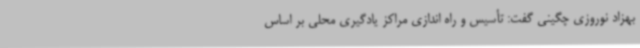
بهزاد نوروزی چگینی گفت: تأسیس و راه اندازی مراکز یادگیری محلی بر اساس